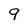
Character: 9